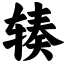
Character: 辏